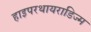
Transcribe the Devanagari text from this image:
हाइपरथायराडिज्म